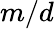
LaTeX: m/d